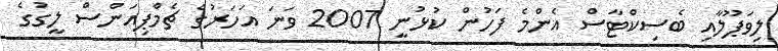
ލިވަޕޫލާއި ބެސިކްޓާސް އެންމެ ފަހުން ކުޅުނީ 2007 ވަނަ އަހަރުގެ ޗެމްޕިއަންސް ލީގުގެ